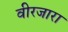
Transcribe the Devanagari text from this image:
वीरजारा